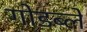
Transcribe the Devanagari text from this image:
गोडब्ले